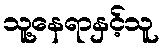
သူ့နေရာနှင့်သူ